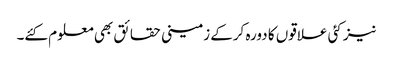
نیز کئی علاقوں کا دورہ کرکے زمینی حقائق بھی معلوم کئے۔